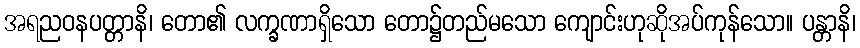
အရညဝနပတ္တာနိ၊ တော၏ လက္ခဏာရှိသော တော၌တည်မသော ကျောင်းဟုဆိုအပ်ကုန်သော။ ပန္တာနိ၊